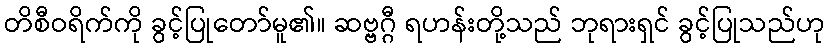
တိစီဝရိက်ကို ခွင့်ပြုတော်မူ၏။ ဆဗ္ဗဂ္ဂီ ရဟန်းတို့သည် ဘုရားရှင် ခွင့်ပြုသည်ဟု